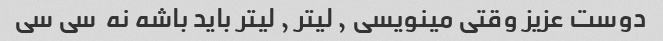
دوست عزیز وقتی مینویسی ٫ لیتر ٫ لیتر باید باشه نه  سی سی